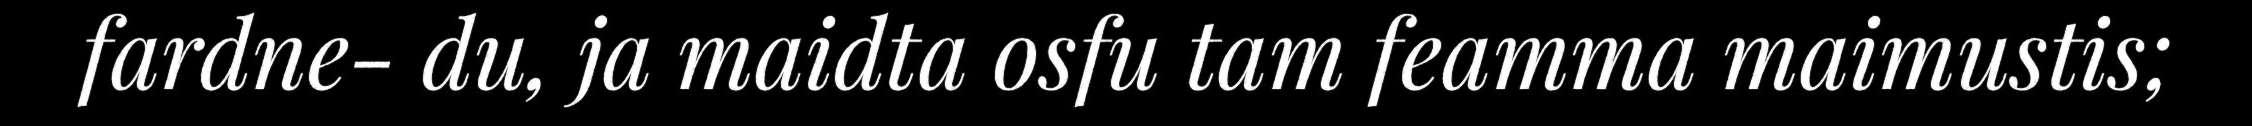
fardne- du, ja maidta osfu tam feamma maimustis;